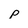
Character: p